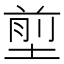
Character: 𡍽